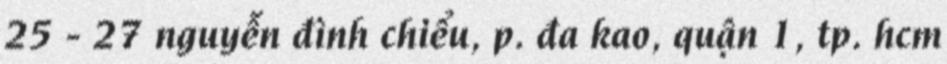
25 - 27 nguyễn đình chiểu, p. đa kao, quận 1, tp. hcm